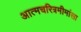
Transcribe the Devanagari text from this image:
अात्मचरित्रमीमांसा